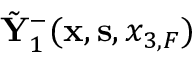
\tilde { \bf Y } _ { 1 } ^ { - } ( { { \bf x } } , { { \bf s } } , { x _ { 3 , F } } )